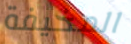
المخيفة